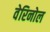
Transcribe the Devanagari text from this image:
वेरिनोल